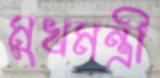
মুখমন্ত্রী